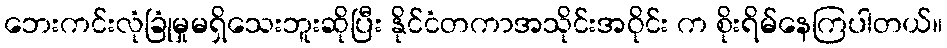
ဘေးကင်းလုံခြုံမှုမရှိသေးဘူးဆိုပြီး နိုင်ငံတကာအသိုင်းအဝိုင်း က စိုးရိမ်နေကြပါတယ်။